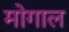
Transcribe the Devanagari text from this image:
मोगाल